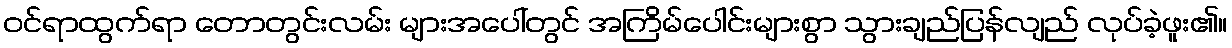
ဝင်ရာထွက်ရာ တောတွင်းလမ်း များအပေါ်တွင် အကြိမ်ပေါင်းများစွာ သွားချည်ပြန်လျည် လုပ်ခဲ့ဖူး၏။